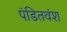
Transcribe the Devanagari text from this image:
पंडितवंश